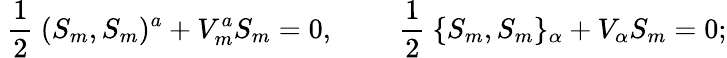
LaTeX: \mathrm{~\frac{1}{2}~}(S_{m},S_{m})^{a}+V_{m}^{a}S_{m}=0,\qquad\mathrm{~\frac{1}{2}~}\{ S_{m},S_{m}\} _{\alpha}+V_{\alpha}S_{m}=0;